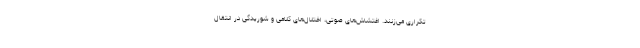
تکراری می‌زنند. اغتشاش‌های صوتی، اختلال‌های کلامی و شوریدگی در انتقال